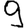
Digit: 9